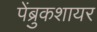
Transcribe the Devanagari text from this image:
पेंब्रुकशायर